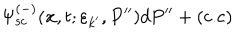
\Psi _ { \mathrm { s c } } ^ { ( - ) } ( { \bf x } , t ; \varepsilon _ { k ^ { \prime } } , P ^ { \prime \prime } ) d P ^ { \prime \prime } + ( \mathrm { c . c } )